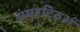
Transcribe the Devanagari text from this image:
संमुहटिठ्‌अं